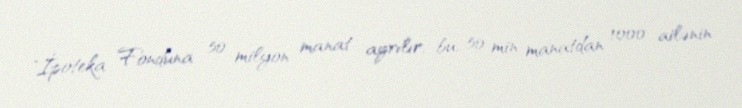
"İpoteka Fonduna 50 milyon manat ayrılır, bu, 50 min manatdan 1000 ailənin